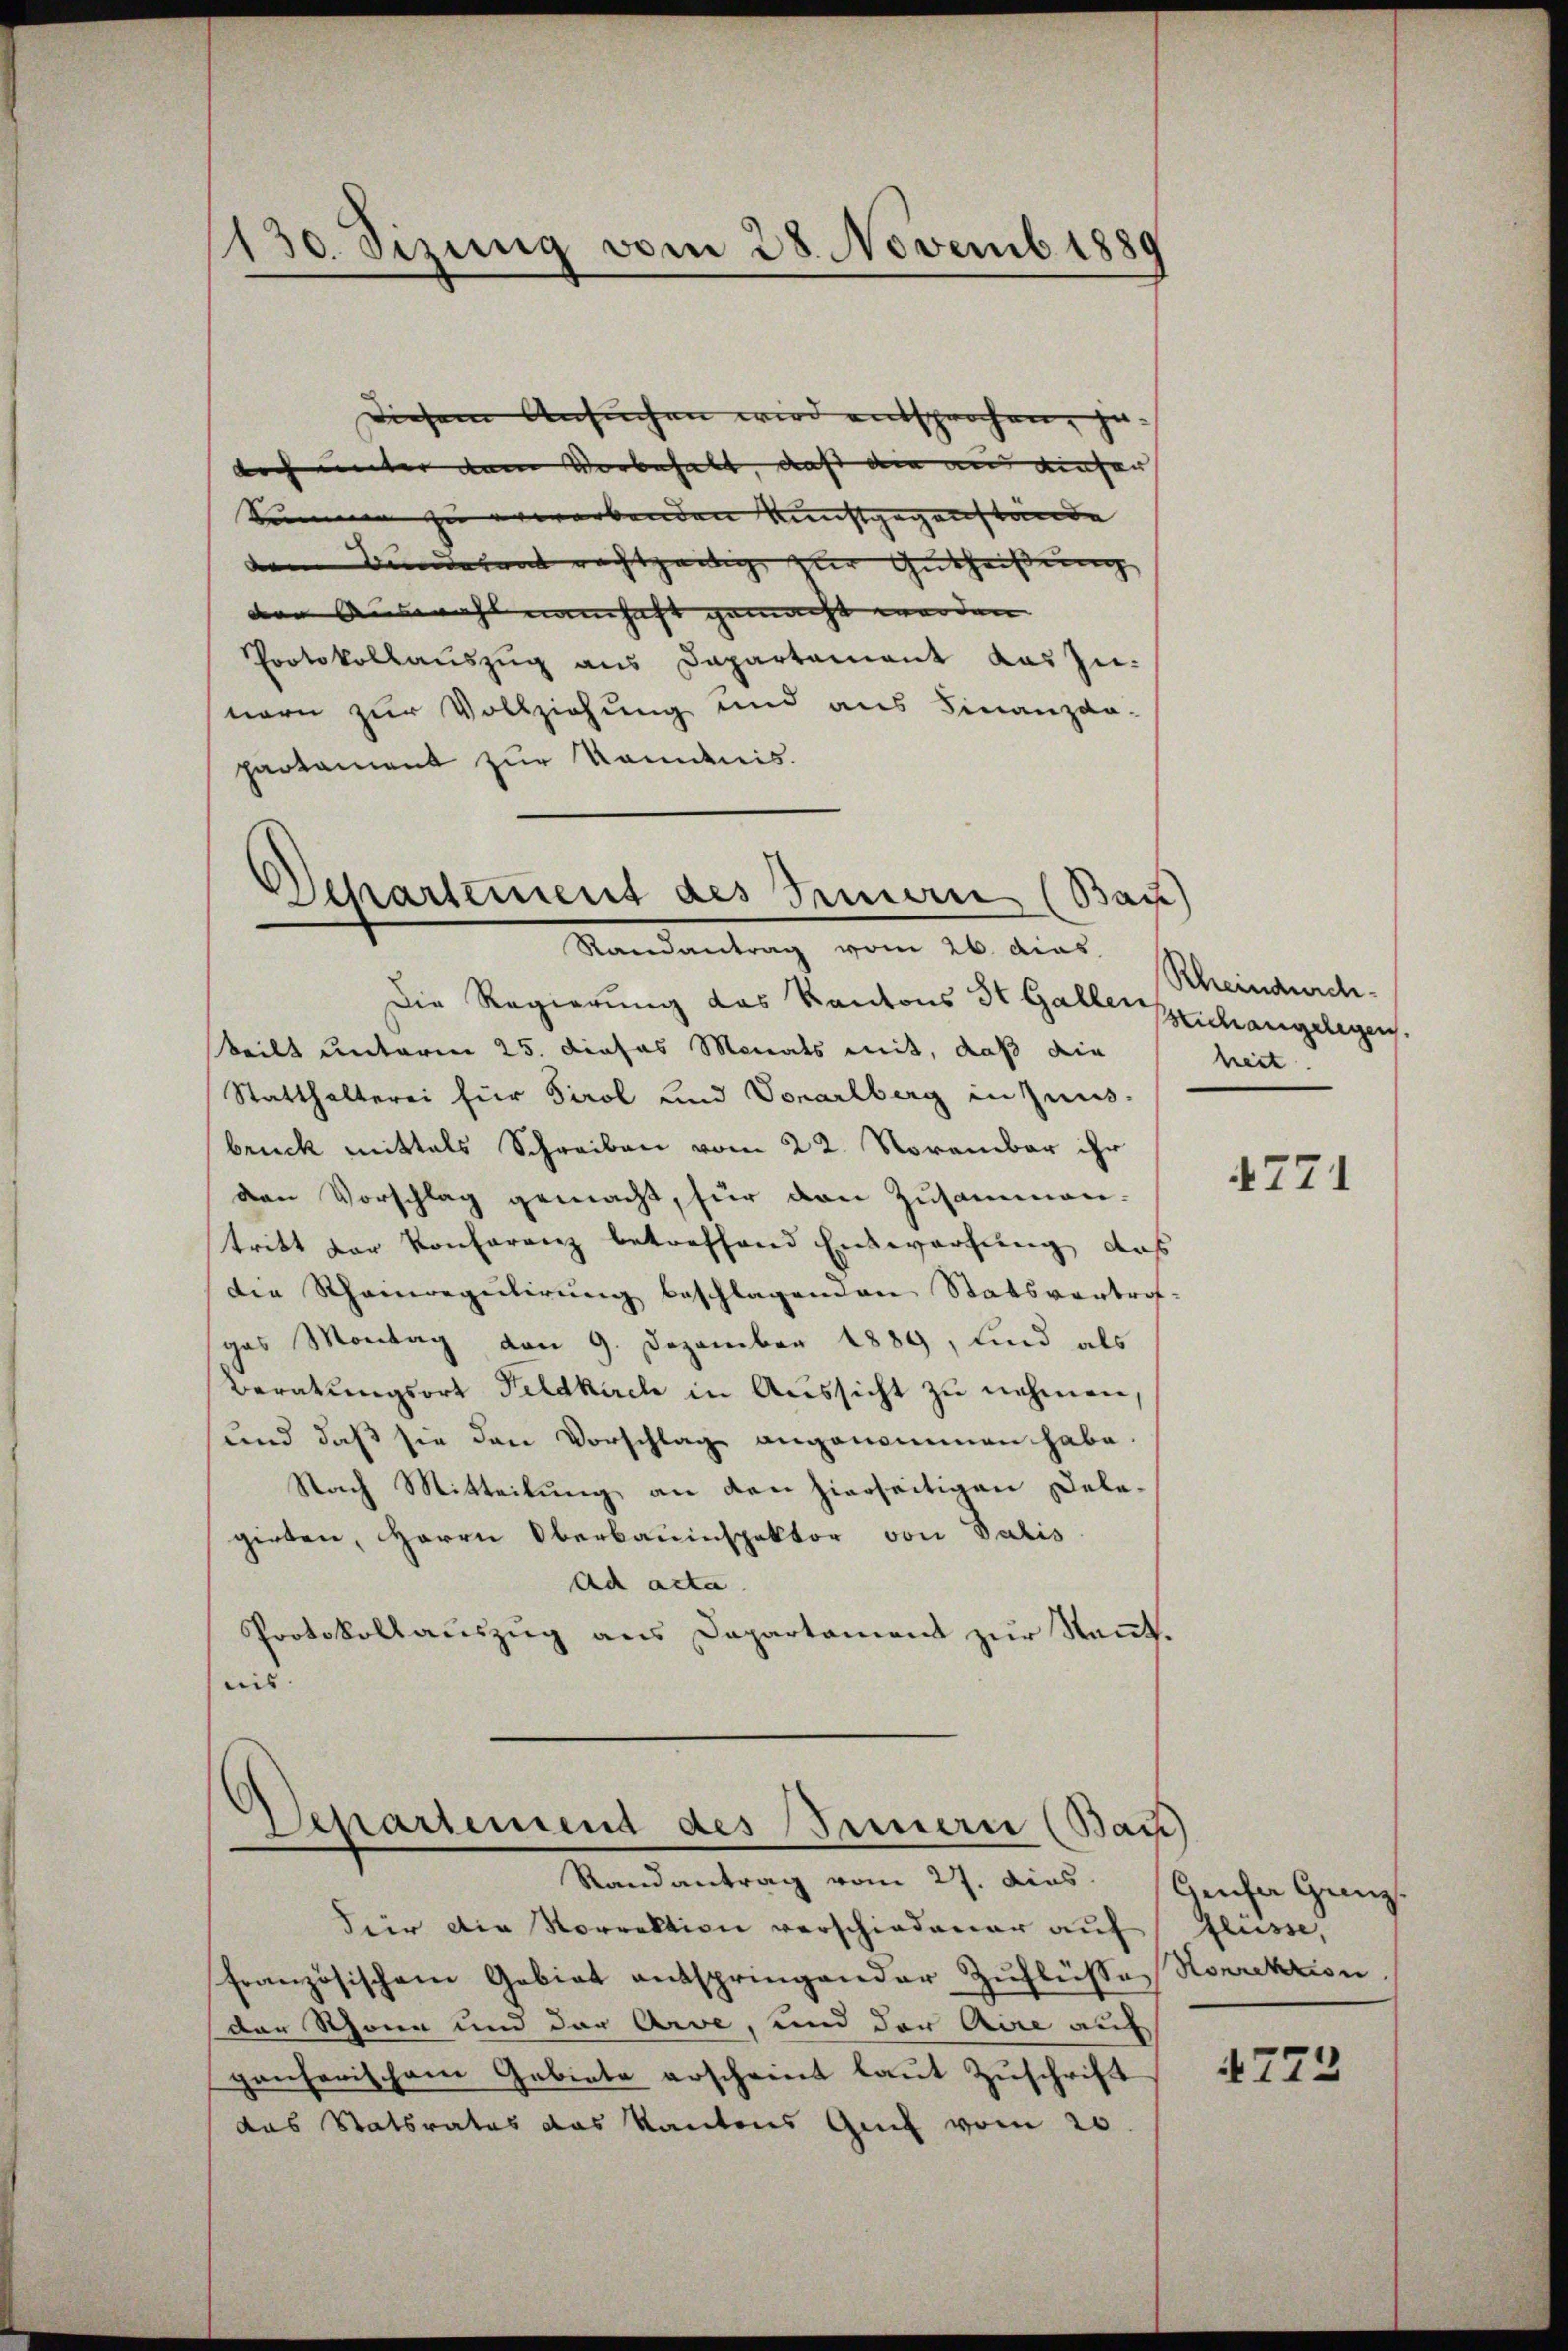
130. Sizung vom 28. Novemb. 1889

Diesem Ansuchen wird entsprochen, jedoch unter dem Vorbehalt, daß die an dieser |
Summen zu erworbenden Kunstgegenstände |
dem Bunderent rechtzeitig zur Gutheißung
den Auswahl namhaft gemacht werden. |
Protokollauszug aus Dapartement das Zu-
nern zur Vollziehung und aus Finanzda-
partament zur Romanis

Departement des Innern (Bau)
Randantrag vom 26. das

Für die Norrektion verschiedener auf flüsse,
französischem Gebiet entspringender Zuflüssen Korrektion.
der Schöne und der Arve, und der Aire auf
ganherischem Gebiete erscheint laut Zuschrift
das Statsrates das Kantons Genf vom 20.

Die Regierung des Kantons St. Gallen
teilt unterm 25. dieses Monats mit, daß die
Statthalterei für Tirol und Vorarlberg in Zins-
bruck mittals Schreiben vom 22. November ihr
den Vorschlag gemacht, für den Zusammen-
tritt der Konferenz betreffend Entwerfung, das
Die Rheinregulirung beschlagenden Statsvertrofges Montag von 9. Dezember 1889, und als
Beratungsort Feldkirch in Aussicht zu nehmen.
und daß sie den Vorschlag angenommen habe.
Nach Mitteilung an den hierseitigen Delegirten, Herrn Oberbauinspektor von Valis
ad acta
Protokollauszug aus Departement zur Kant.
nis

Departement des Innern (Bau
Randantrag vom 27. dies

Rheindurchsich angelegen.
heit.

4771

Geufer Ganz

4723